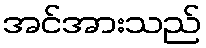
အင်အားသည်